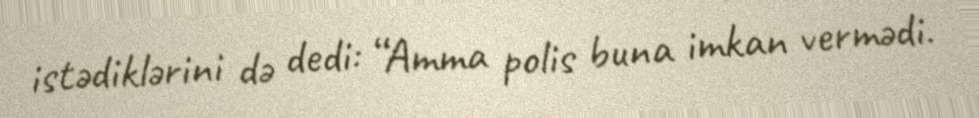
istədiklərini də dedi: “Amma polis buna imkan vermədi.